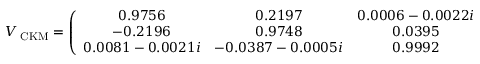
V _ { \mathrm { \tiny ~ C K M } } = \left( \begin{array} { c c c } { { 0 . 9 7 5 6 } } & { { 0 . 2 1 9 7 } } & { { 0 . 0 0 0 6 - 0 . 0 0 2 2 i } } \\ { { - 0 . 2 1 9 6 } } & { { 0 . 9 7 4 8 } } & { { 0 . 0 3 9 5 } } \\ { { 0 . 0 0 8 1 - 0 . 0 0 2 1 i } } & { { - 0 . 0 3 8 7 - 0 . 0 0 0 5 i } } & { { 0 . 9 9 9 2 } } \end{array} \right) .